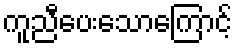
ကူညီပေးသောကြောင့်